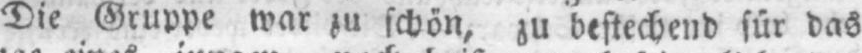
Die Gruppe war zu schön, zu bestechend für das